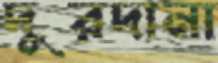
দুরদানা